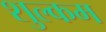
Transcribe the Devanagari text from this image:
शुल्कम